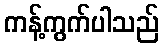
ကန့်ကွက်ပါသည်